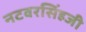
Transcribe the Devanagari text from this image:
नटवरसिंहजी